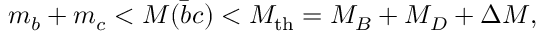
m _ { b } + m _ { c } < M ( \bar { b } c ) < M _ { \mathrm { t h } } = M _ { B } + M _ { D } + \Delta M ,